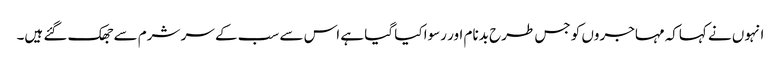
انہوں نے کہاکہ مہاجروں کو جس طرح بدنام اور رسوا کیا گیا ہے اس سے سب کے سر شرم سے جھک گئے ہیں۔